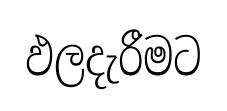
ඵලදැරීමට